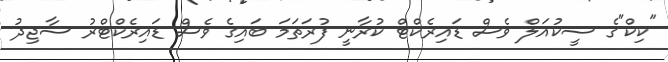
"ކިކް"ގެ ސީކުއަލް ވެސް ޑައިރެކްޓް ކުރާނީ ފުރަތަމަ ބައިގެ ވެސް ޑައިރެކްޓްރު ސާޖިދު